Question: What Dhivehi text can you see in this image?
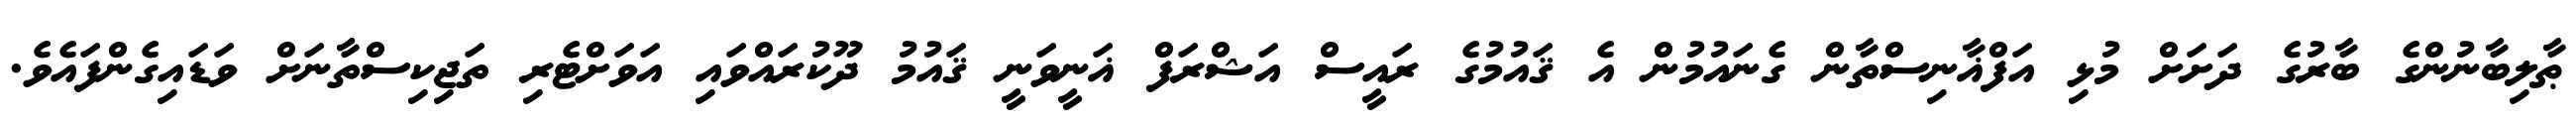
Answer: ޠާލިބާނުންގެ ބާރުގެ ދަށަށް މުޅި އަފްޣާނިސްތާން ގެނައުމުން އެ ޤައުމުގެ ރައީސް އަޝްރަފް ޣަނީވަނީ ޤައުމު ދޫކުރައްވައި އަވަށްޓެރި ތަޖިކިސްތާނަށް ވަޑައިގެންފައެވެ.